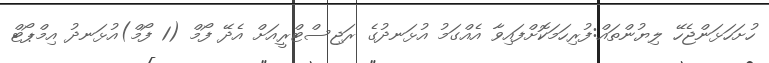
ހުށަހަޅަންޖެހޭ ލިޔުންތައް:ފުރިހަމަކޮށްފައިވާ އެއްގަމު އުޅަނދުގެ ރަޖިސްޓްރީއަށް އެދޭ ފޯމް (1 ފޯމް)އުޅަނދު އިމްޕޯޓް